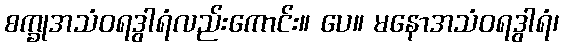
စက္ခုအသံဝရဒွါရံလည်းကောင်း။ ပေ။ မနောအသံဝရဒွါရံ၊